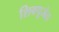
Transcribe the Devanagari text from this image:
शिवपूजेत